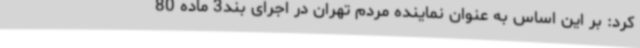
کرد: بر این اساس به عنوان نماینده مردم تهران در اجرای بند3 ماده 80